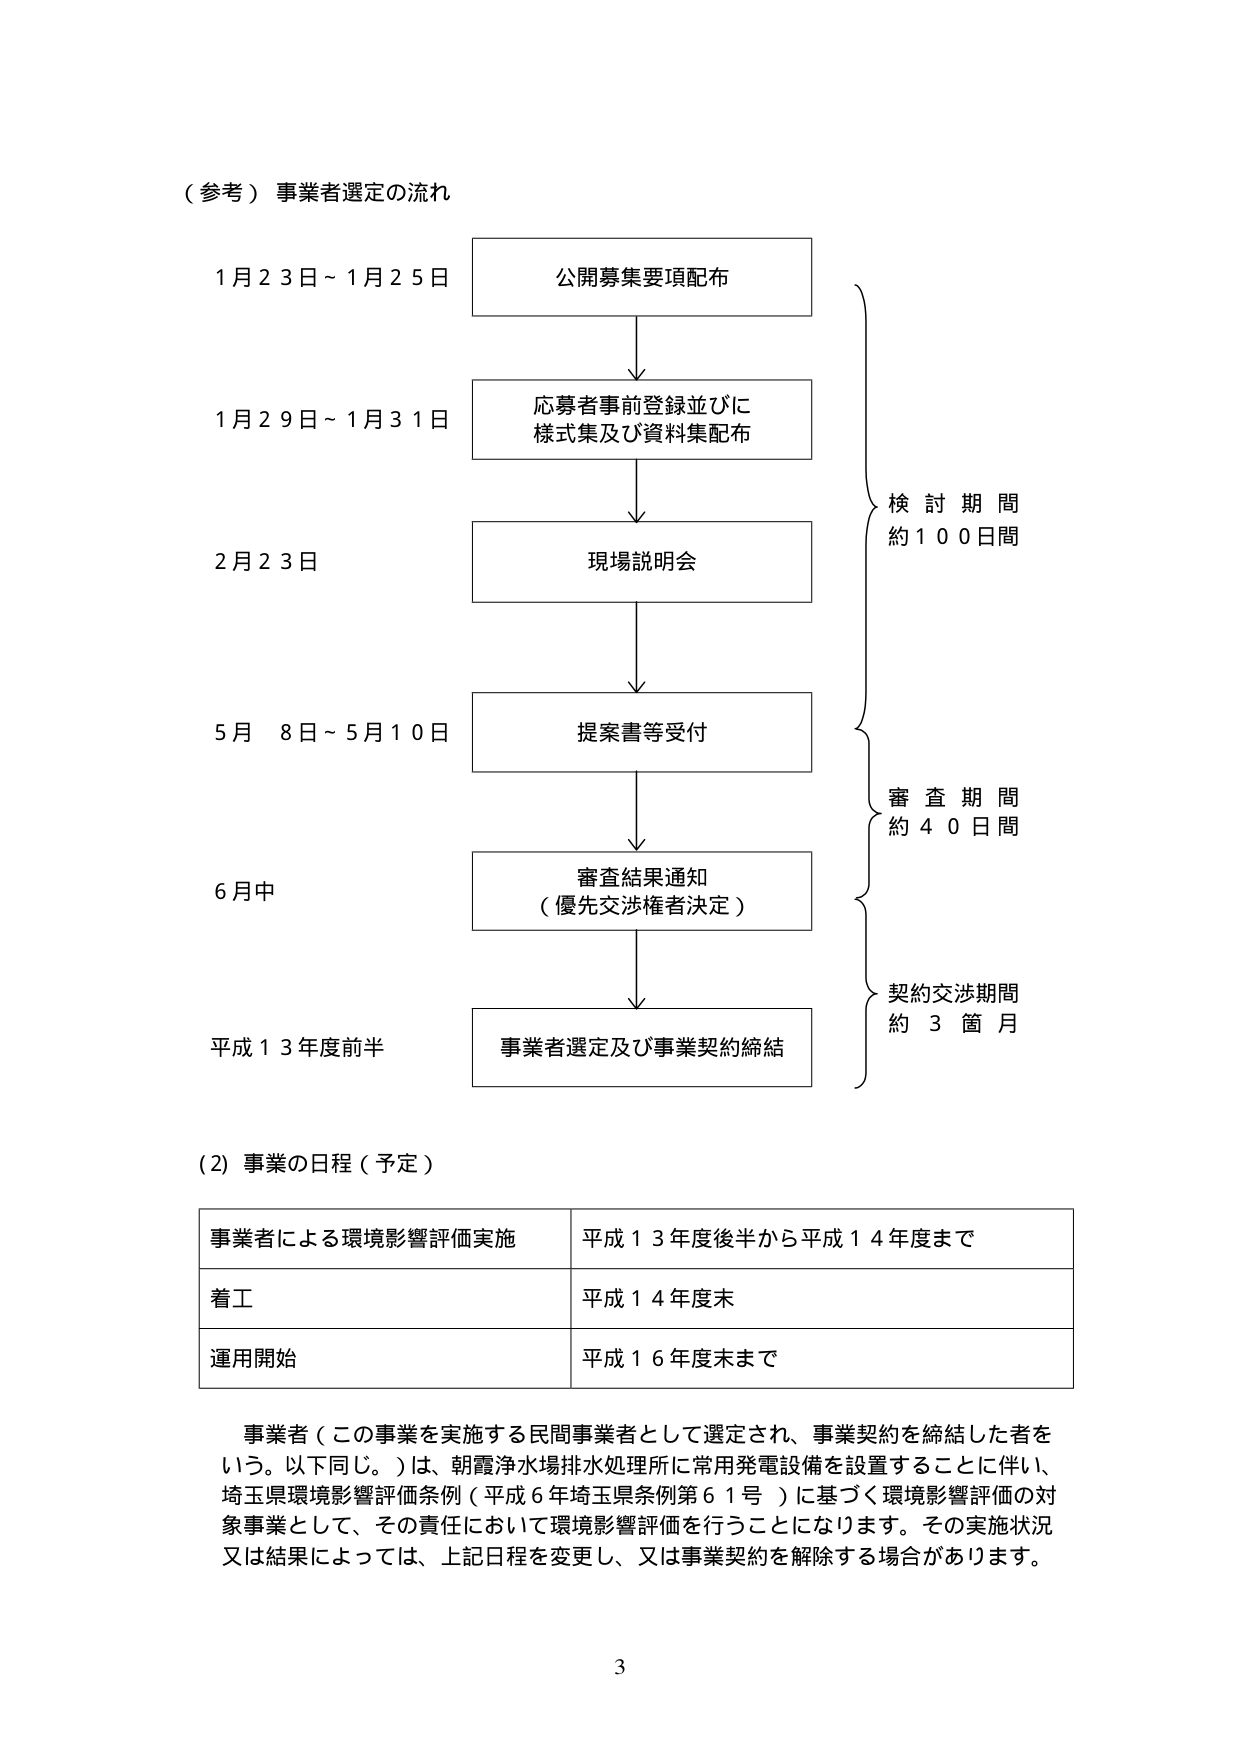
（参考）事業者選定の流れ

1月23日～1月25日　公開募集要項配布

1月29日～1月31日　応募者事前登録並びに様式集及び資料集配布

2月23日　現場説明会

5月8日～5月10日　提案書等受付

6月中　審査結果通知（優先交渉権者決定）

平成13年度前半　事業者選定及び事業契約締結

検討期間　約100日間
審査期間　約40日間
契約交渉期間　約3箇月

（2）事業の日程（予定）

事業者による環境影響評価実施　平成13年度後半から平成14年度まで
着工　平成14年度末
運用開始　平成16年度末まで

事業者（この事業を実施する民間事業者として選定され、事業契約を締結した者をいう。以下同じ。）は、朝霞浄水場排水処理所に常用発電設備を設置することに伴い、埼玉県環境影響評価条例（平成6年埼玉県条例第61号）に基づく環境影響評価の対象事業として、その責任において環境影響評価を行うことになります。その実施状況又は結果によっては、上記日程を変更し、又は事業契約を解除する場合があります。

3